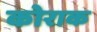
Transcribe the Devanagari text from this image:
कोराक